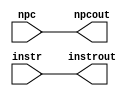
// Class: CSCI 401 Computer Architecture
// Term: SPR11
// Name(s): 
//
// Lab #1: Instruction Fetch Stage

//                              -*- Mode: Verilog -*-
// Description     : The if_id module 
//                   of the IF stage of the pipeline.
// Modified By     : Jason Fredrick and David Sturgeon

`timescale 1ns / 1ps

module if_id (
   output reg [31:0] instrout,       // Output of IF/ID Instruction Register
                       npcout,       // Output of IF/ID NPC Register
   input wire [31:0]    instr,       // Input of IF/ID Instruction Register
                          npc        // Input of IF/ID NPC Register
   );
   initial begin
      instrout <= 0;
      npcout   <= 0;
   end
   always @* begin
      #1 instrout <= instr;
           npcout <= npc;
   end
endmodule // if_id